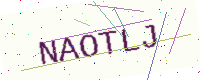
Text: NAOTLJ